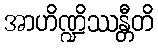
အာဟိဏ္ဍိဿန္တီတိ